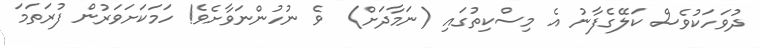
ދުވަހަކުވެސް ކަލޭގެފާނު އެ މިސްކިތުގައި (ނަމާދަށް)  ވެ ނުހުންނަވާށެވެ! ހަމަކަށަވަރުން ފުރަތަމަ